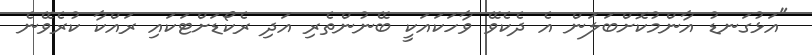
"އަޅުގަނޑު އާންމުކޮށްބަލަން އެ ދެކެވޭ ވާހަކައަކީ ބޭނުންތެރި އަދި ރެކޯޑަށްޓަކައި ރައްކާ ކުރެވޭނެ